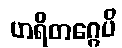
ဟရိတဂ္ဂေပိ